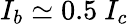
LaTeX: I_{b}\simeq 0.5~I_{c}